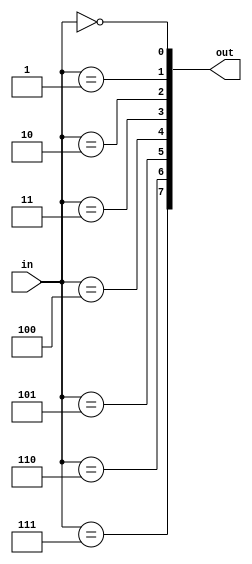
`timescale 1ns / 1ps
//////////////////////////////////////////////////////////////////////////////////
// Company: 
// Engineer: 
// 
// Design Name: 
// Module Name: decoder_38
// Project Name: 
// Target Devices: 
// Tool Versions: 
// Description: 
// 
// Dependencies: 
// 
// Revision:
// Revision 0.01 - File Created
// Additional Comments:
// 
//////////////////////////////////////////////////////////////////////////////////


module decoder_38(
    input wire [2:0]in,
    output  wire [7:0]out
    );
    assign out[0] = (in == 3'd0);
    assign out[1] = (in == 3'd1);
    assign out[2] = (in == 3'd2);
    assign out[3] = (in == 3'd3);
    assign out[4] = (in == 3'd4);
    assign out[5] = (in == 3'd5);
    assign out[6] = (in == 3'd6);
    assign out[7] = (in == 3'd7);
    
endmodule